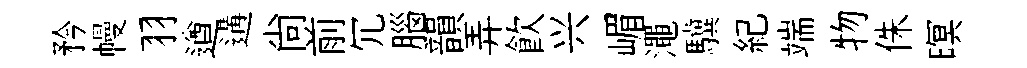
矜幔羽遒遘尙前冗腦韻弄飲兴嵋澠驥紀端物侏暝